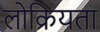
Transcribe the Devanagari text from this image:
लोक्रियता